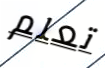
تعلم